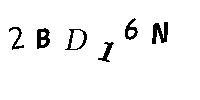
2BD16N